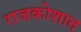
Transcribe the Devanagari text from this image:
राजकोशात